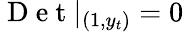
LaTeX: \mathrm{~D~e~t~}|_{(1,y_{t})}=0